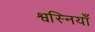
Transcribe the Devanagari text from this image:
श्वस्नियाँ